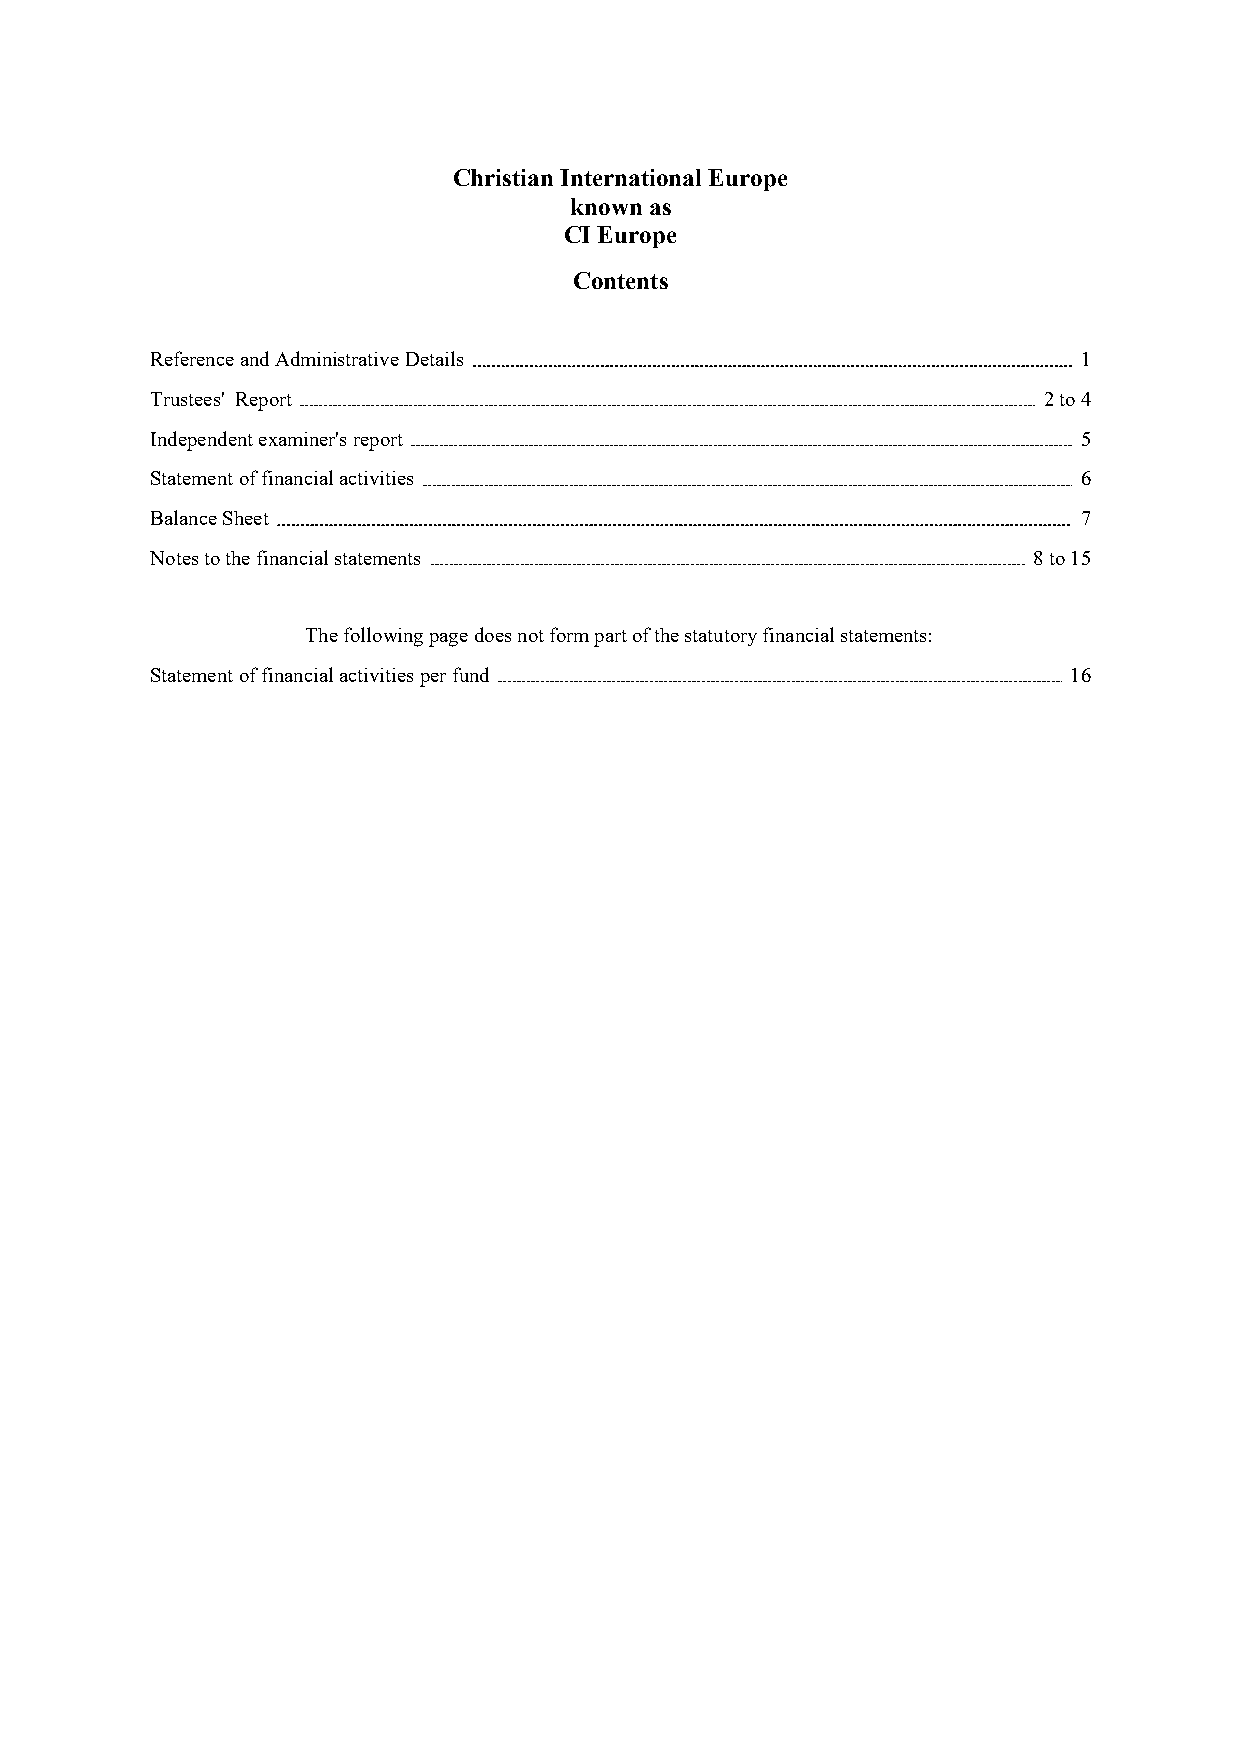
Christian International Europe
 known as
 CI Europe
 Contents
 ReferenceandAdministrative Details                            1
 Trustees' Report                                           2to4
 Independentexaminer'sreport                                   5
 Statementoffinancialactivities                                6
 BalanceSheet                                                  7
 Notes tothefinancialstatements                            8to15
 The following pagedoesnot form part of the statutory financial statements:
 Statementoffinancialactivitiesper fund                       16